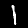
Digit: 1